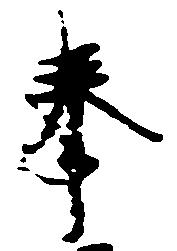
奉